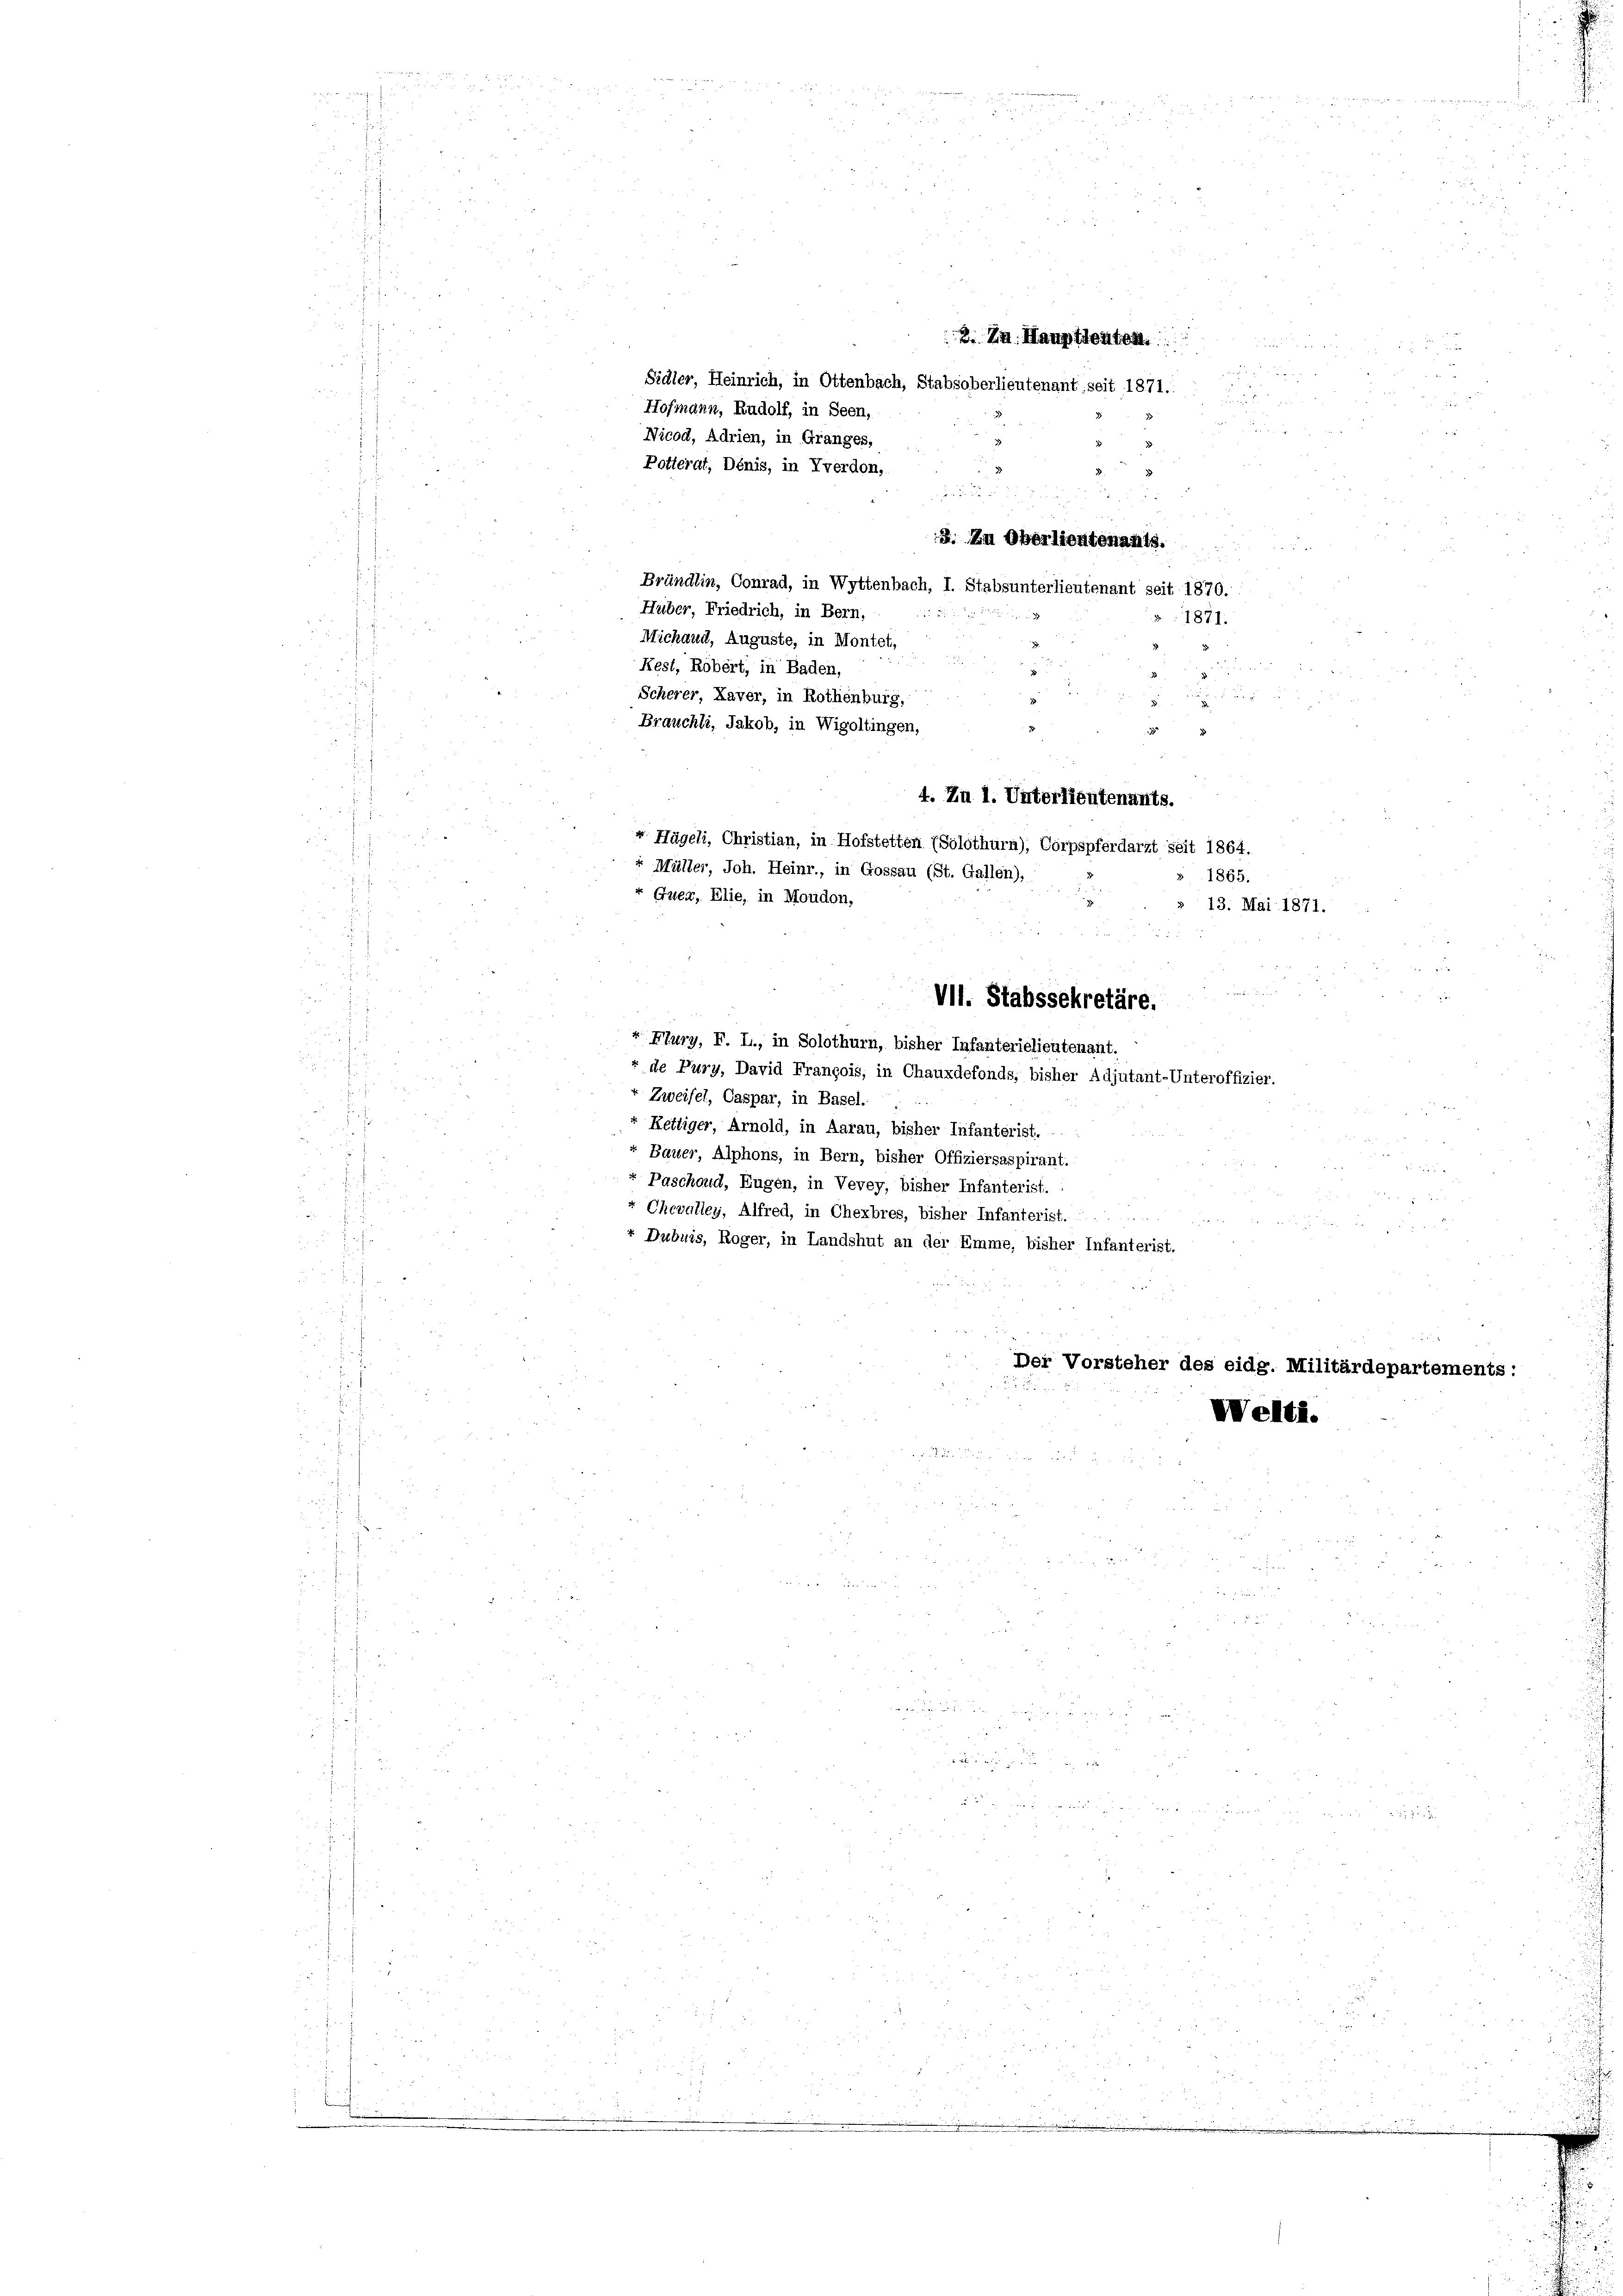
d
2. Zu Oberlieutenants.

ud
Bründlin, Conrad, in Wyttenbach, I. Stabsunterlieutenant seit 1870.
Huber, Friedrich, in Bern,
3
Michaud, Auguste, in Montet,
Kest, Robert, in Baden,

d
5
n
53
1865.
13. Mai 1871.
VII. Stabssekretäre.
r Flury, F. L., in Solothurn, bisher Infanterielieutenant.
+ de Pury, David François, in Chauxdefonds, bisher Adjutant-Unteroffizier.
Zweifel, Caspar, in Basel.
Kettiger, Arnold, in Aarau, bisher Infanterist.
r Bauer, Alphons, in Bern, bisher Offiziersaspirant.
Paschoud, Eugen, in Vevey, bisher Infanterist.
i
Chevalley, Alfred, in Chexbres, bisher Infanterist.  ..
+ Dubuis, Roger, in Landshut an der Emme, bisher Infanterist.
Der Vorsteher des eidg. Militärdepartements:
Welti.

Hofmann, Rudolf, in Seen,
Nicod, Adrien, in Granges,
Potterat, Dénis, in Yverdon,

i
Scherer, Laver, in Rothenburg,
Brauchli, Jakob, in Wigoltingen,
4. Zu 1. Unterlieutenants.
r Hügeli, Christian, in Hofstetten (Solothurn), Corpspferdarzt seit 1864.
+ Müller, Joh. Heinr., in Gossau (St. Gallen),
r Guea, Elie, in Moudon,

3. Zu Hauptleuten.
Sidler, Heinrich, in Ottenbach, Stabsoberlieutenant seit 1871.  ..
d

1871.